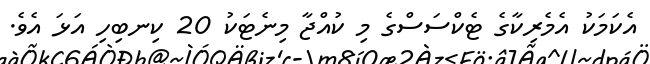
އެކަމަކު އެމެރިކާގެ ޓެކްސަސްގެ މި ކުއްޖާ މިނެޓަކު 20 ކިނބިހި އަޅަ އެވެ.